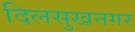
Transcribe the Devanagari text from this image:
दिलसुखनगर